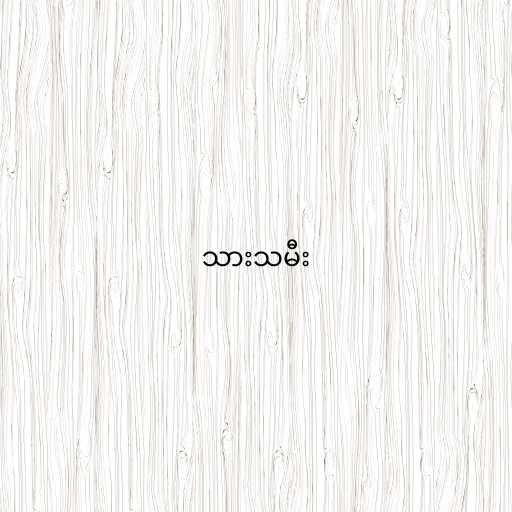
သားသမီး